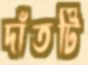
দাঁতটি